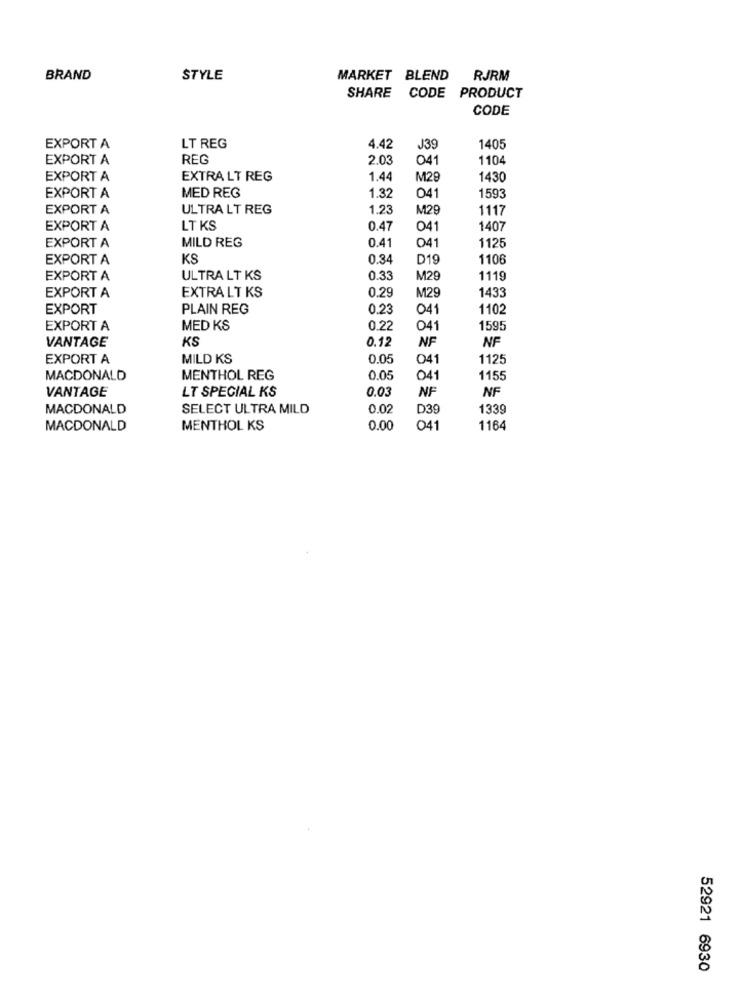
BRAND
STYLE
MARKET BLEND RJRM
SHARE CODE PRODUCT
CODE
EXPORT A
LT REG
4.42
J39
1405
EXPORT A
REG
2.03
041
1104
EXPORT A
EXTRA LT REG
1.44
M28
1430
EXPORT A
MED REG
1.32
041
1593
EXPORT A
ULTRA LT REG
1.23
M29
1117
EXPORT A
LT KS
0.47
041
1407
MILD REG
0.41
1125
EXPORT A
041
EXPORT A
KS
0.34
D19
1106
EXPORT A
ULTRA LT KS
0.33
M29
1119
EXPORT A
EXTRA LT KS
0.29
1433
M29
EXPORT
PLAIN REG
0.23
041
1102
EXPORT A
MED KS
0.22
041
1595
VANTAGE
KS
0.12
NF
NF
EXPORT A
MILD KS
0.05
041
1125
MACDONALD
MENTHOL REG
0.05
041
1155
VANTAGE
0.03
NF
NF
LT SPECIAL KS
MACDONALD
SELECT ULTRA MILD
0.07
D39
1339
MACDONALD
MENTHOL KS
0.00
041
1164
52921 6930